Lunatic asylums Madras 1877-1891 - 1877-1891
Year: 1877
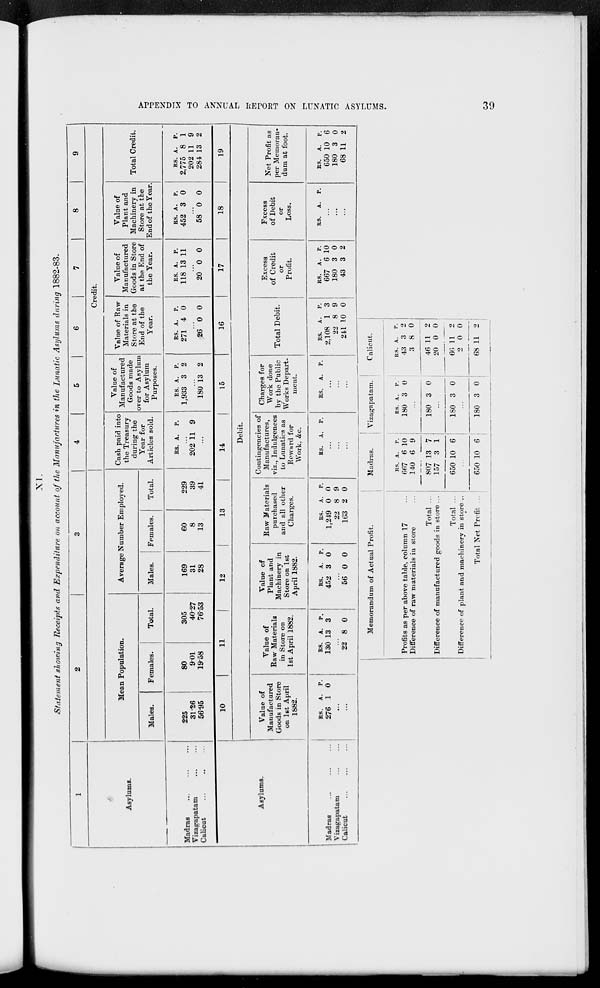
APPENDIX TO ANNUAL REPORT ON LUNATIC ASYLUMS.
39
XI.
Statement showing Receipts and Expenditure on account of the Manufactures in the Lunatic Asylums during 1882-83.
1
Asylums.
Madras ... ... ...
Vizagapatam ... ...
Calicut ... ... ...
2
3
4
5
6
7
8
9
Credit.
Mean Population.
Males.
225
31.26
56.95
Females.
80
901
19.58
Total.
305
40.27
76.53
Average Number Employed.
Males.
169
31
28
Females.
60
8
13
Total.
229
39
41
Cash paid into
the Treasury
during the
Year for
Articles sold.
RS. A. P.
...
202 11 9
...
Value of
Manufactured
Goods made
over to Asylum
for Asylum
Purposes.
RS.
1,933
A.
3
P.
2
...
180 13 2
Value of Raw
Materials in
Store at the
End of the
Year.
RS.
271
A.
4
P.
0
...
26 0 0
Value of
Manufactured
Goods in Store
at the End of
the Year.
RS.
118
A.
13
P.
11
...
20 0 0
Value of
Plant and
Machinery in
Store at the
End of the Year.
RS.
452
A.
3
P.
0
...
58 0 0
Total Credit.
RS.
2,775
202
284
A.
8
11
13
P.
1
9
2
Asylums.
Madras ... ... ...
Vizagapatam ... ...
Calicut
...
...
...
10
11
12
13
14
15
16
17
18
19
Debit.
Value of
Manufactured
Goods in Store
on 1st April
1882.
RS.
276
A.
1
P.
0
...
...
Value of
Raw Materials
in Store on
1st April 1882.
RS.
130
A.
13
P.
3
...
22 8 0
Value of
Plant and
Machinery in
Store on 1st
April 1882.
RS.
452
A.
3
P.
0
...
56 0 0
Raw Materials
purchased
and all other
Charges.
RS.
1,249
22
163
A.
0
8
2
P.
0
9
0
Contingencies of
Manufactures,
viz., Indulgences
to Lunatics as
Reward for
Work, &c.
RS.
A. P.
...
...
...
Charges for
Work done
by the Public
Works Depart-
ment.
RS.
A. P.
...
...
...
Total Debit.
RS.
2,108
22
241
A.
1
8
10
P.
3
9
0
Excess
of Credit
or
Profit.
RS.
667
180
43
A.
6
3
3
P.
10
0
2
Excess
of Debit
or
Loss.
RS.
A. P.
...
...
...
Net Profit as
per Memoran-
dum at foot.
RS.
650
180
68
A.
10
3
11
P.
6
0
2
Memorandum of Actual Profit.
Profits as per above table, column 17
...
Difference of raw materials in store
...
Total ...
Difference of manufactured goods in store ...
Total ...
Difference of plant and machinery in store ...
Total Net Profit ...
Madras.
RS.
667
140
807
157
650
A.
6
6
13
3
10
P.
10
9
7
1
6
...
650 10 6
Vizagapatam.
RS.
180
A.
3
P.
0
...
180 3 0
...
180 3 0
...
180 3 0
Calicut.
RS.
43
3
46
20
66
2
68
A.
3
8
11
0
11
0
11
P.
2
0
2
0
2
0
2